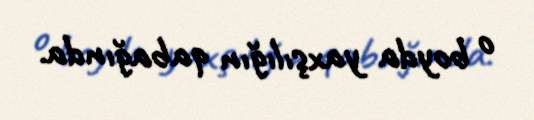
o boyda yaxşılığın qabağında.